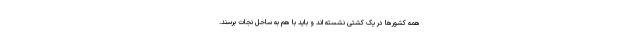
همه کشورها در یک کشتی نشسته اند و باید با هم به ساحل نجات برسند.